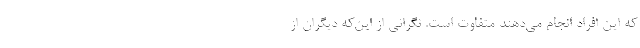
که این افراد انجام می‌دهند متفاوت است. نگرانی از این‌که دیگران از